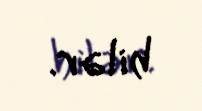
bilər.